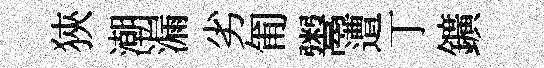
狹潮漏劣匍鬻遭丁鑛